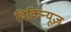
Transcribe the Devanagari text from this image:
विकिन्यूज़